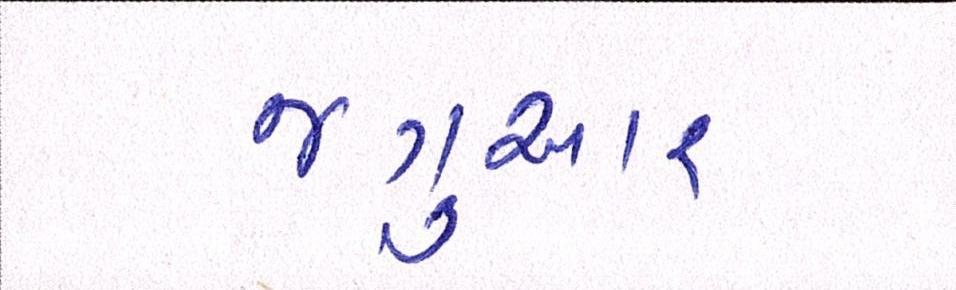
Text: જગુઆર